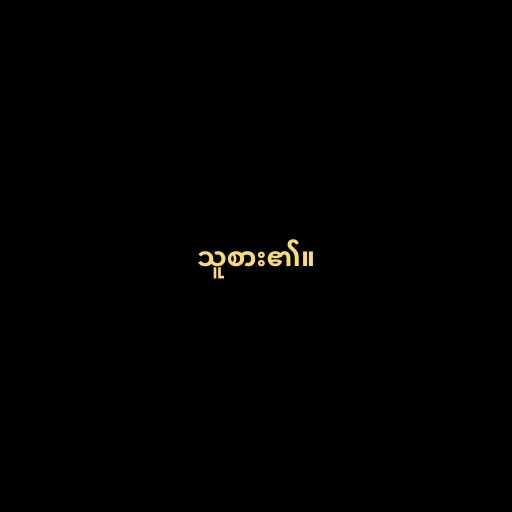
သူစား၏။